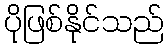
ပိုဖြစ်နိုင်သည်